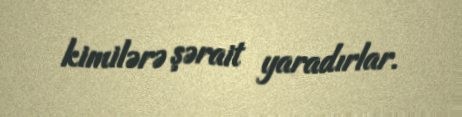
kimilərə şərait yaradırlar.